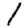
Digit: 1